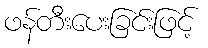
ဖန်တီးပေးခြင်းဖြင့်